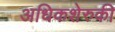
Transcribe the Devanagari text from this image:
अधिकशेरुकी